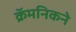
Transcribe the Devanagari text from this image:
क्रॅमनिकने